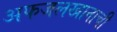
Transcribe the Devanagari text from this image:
अफजलखानाची